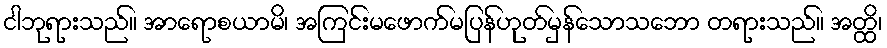
ငါဘုရားသည်။ အာရောစယာမိ၊ အကြင်းမဖောက်မပြန်ဟုတ်မှန်သောသဘော တရားသည်။ အတ္ထိ၊